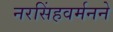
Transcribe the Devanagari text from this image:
नरसिंहवर्मनने